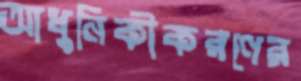
আধুনিকীকরণের